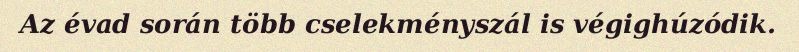
Az évad során több cselekményszál is végighúzódik.